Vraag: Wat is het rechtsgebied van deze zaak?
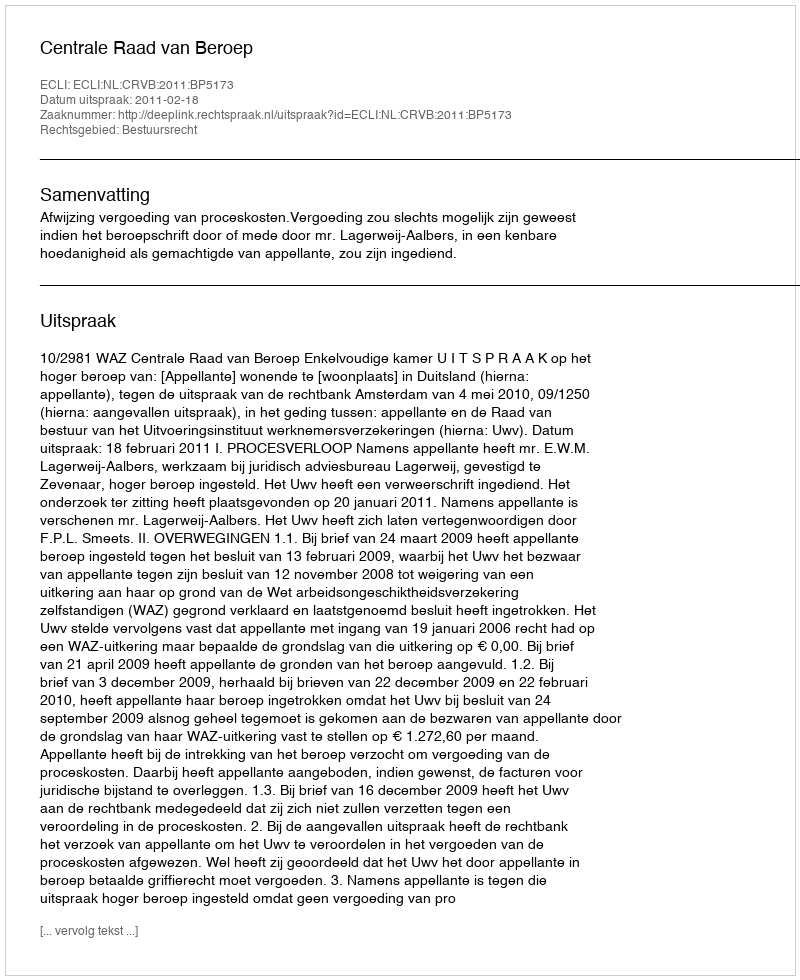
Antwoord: Bestuursrecht